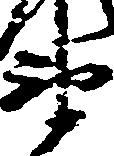
衛